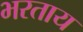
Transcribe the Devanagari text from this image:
भरताय